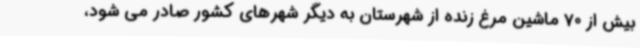
بیش از 70 ماشین مرغ زنده از شهرستان به دیگر شهرهای کشور صادر می شود،